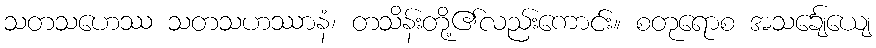
သတသဟေဿ သတသဟဿာနံ၊ တသိန်းတို့၏လည်းကောင်း။ စတုရောစ အသင်္ချေယျေ